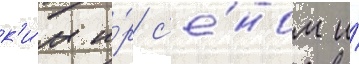
к'и́м и́р с'е́ном и́